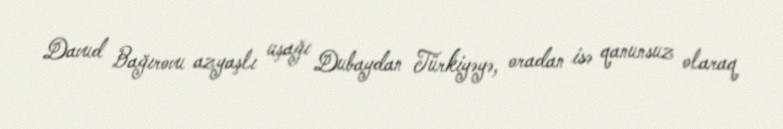
Davud Bağırovu azyaşlı uşağı Dubaydan Türkiyəyə, oradan isə qanunsuz olaraq